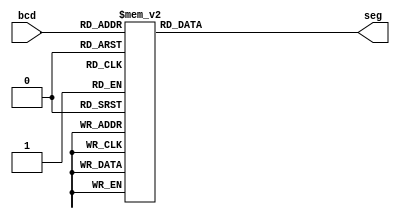
module bcd_to_led7(
     input [3:0] bcd,
     output reg [6:0] seg
    );
    always @(bcd)
    begin
        case (bcd) 
           4'b0000 : seg = 7'b0000001;
           4'b0001 : seg = 7'b1001111;
           4'b0010 : seg = 7'b0010010;
           4'b0011 : seg = 7'b0000110;
           4'b0100 : seg = 7'b1001100;
           4'b0101 : seg = 7'b0100100;
           4'b0110 : seg = 7'b0100000;
           4'b0111 : seg = 7'b0001111;
           4'b1000 : seg = 7'b0000000;
           4'b1001 : seg = 7'b0000100;
            default : seg = 7'b1111111; 
        endcase
    end  
endmodule